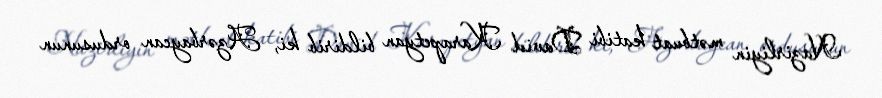
Nazirliyin mətbuat katibi David Karapetyan bildirib ki, Azərbaycan ordusunun